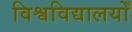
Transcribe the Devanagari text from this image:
विश्वविद्यालयोँ